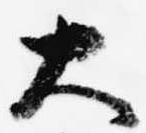
大